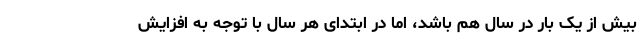
بیش از یک بار در سال هم باشد، اما در ابتدای هر سال با توجه به افزایش